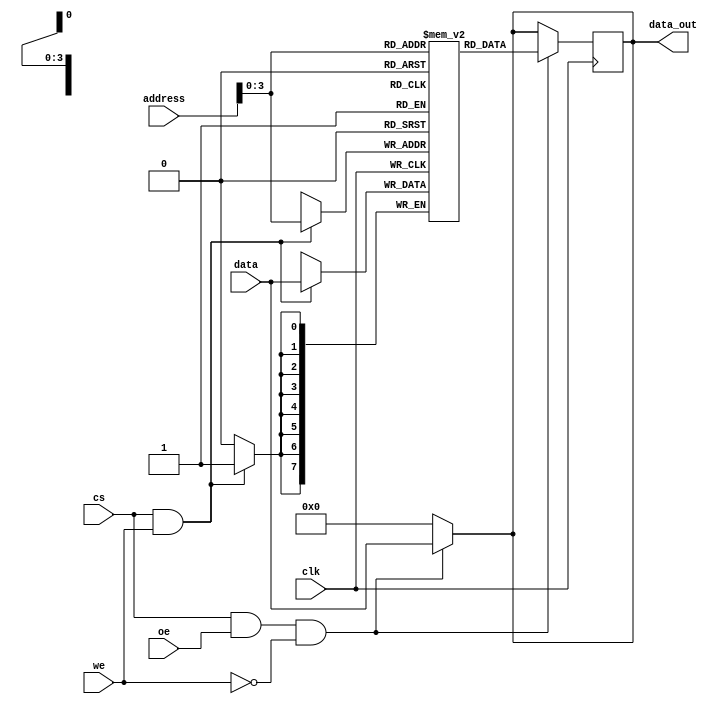
//Single port synchronous read/write memory

module single_port (clk,address,data,data_out,cs,we,oe);

parameter WIDTH = 8;
parameter RAM_DEPTH = 16;

input clk,cs,we,oe;
input [WIDTH-1:0] address;
input [WIDTH-1:0] data;
output [WIDTH-1:0] data_out;

reg [WIDTH-1:0] mem [RAM_DEPTH-1:0];
reg oe_r;
reg [WIDTH-1:0] data_out;

//Tristate buffer control
always @ (*)
begin
if (cs && oe && !we) 
	data_out = data; 
else 
	data_out = 8'b0; 
end

//write operation
always @ (posedge clk)
begin
if (cs && we) begin
	mem[address] = data;
end
end

always @ (posedge clk)
begin
if (cs && oe && !we) begin
	data_out = mem[address];
	oe_r = 1;
end 
else begin
	oe_r = 0;
end
end
endmodule